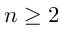
n \geq 2